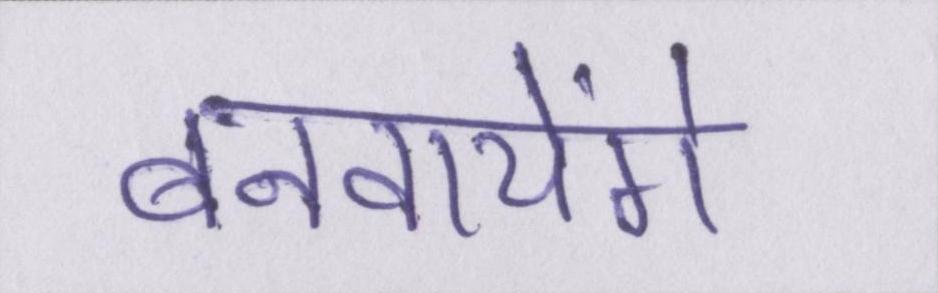
बनवायेंगे